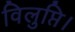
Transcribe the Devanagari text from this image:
विलुप्ति।